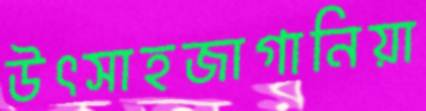
উৎসাহজাগানিয়া